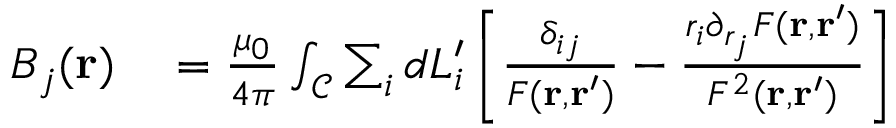
\begin{array} { r l } { B _ { j } ( \mathbf { r } ) } & { { } = \frac { \mu _ { 0 } } { 4 \pi } \int _ { \mathcal { C } } \sum _ { i } d L _ { i } ^ { \prime } \left[ \frac { \delta _ { i j } } { F ( \mathbf { r } , \mathbf { r } ^ { \prime } ) } - \frac { r _ { i } \partial _ { r _ { j } } F ( \mathbf { r } , \mathbf { r } ^ { \prime } ) } { F ^ { 2 } ( \mathbf { r } , \mathbf { r } ^ { \prime } ) } \right] } \end{array}